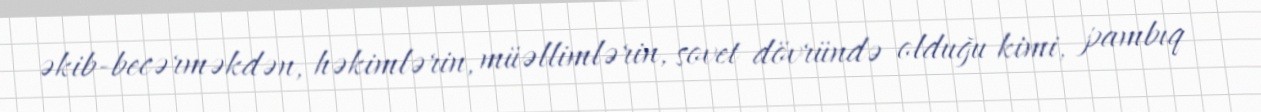
əkib-becərməkdən, həkimlərin, müəllimlərin, sovet dövründə olduğu kimi, pambıq